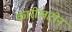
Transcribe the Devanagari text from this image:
कारोलटोन